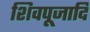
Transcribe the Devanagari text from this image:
शिवपूजादि